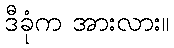
ဒီခုံက အားလား။